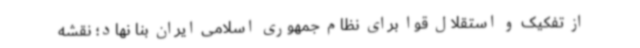
از تفکیک و استقلال قوا برای نظام جمهوری اسلامی ایران بنا نهاد؛ نقشه